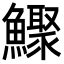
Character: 𩼦